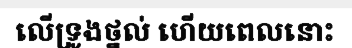
លើទ្រូងថ្នល់ ហើយពេលនោះ